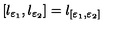
\left[ l _ { \varepsilon _ { 1 } } , l _ { \varepsilon _ { 2 } } \right] = l _ { [ \varepsilon _ { 1 } , \varepsilon _ { 2 } ] }